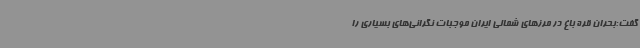
گفت:بحران قره باغ در مرزهای شمالی ایران موجبات نگرانی‌های بسیاری را